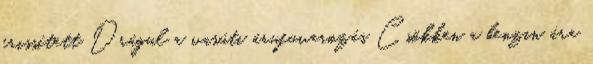
frissített Drágul a vasúti árufuvarozás Csökken a benzin ára